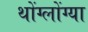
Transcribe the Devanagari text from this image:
थोंग्लोंग्या